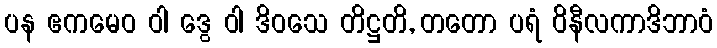
ပန ဧကမေဝ ဝါ ဒွေ ဝါ ဒိဝသေ တိဋ္ဌတိ, တတော ပရံ ဝိနီလကာဒိဘာဝံ